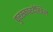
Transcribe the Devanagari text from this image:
पुरस्कारदेखिल